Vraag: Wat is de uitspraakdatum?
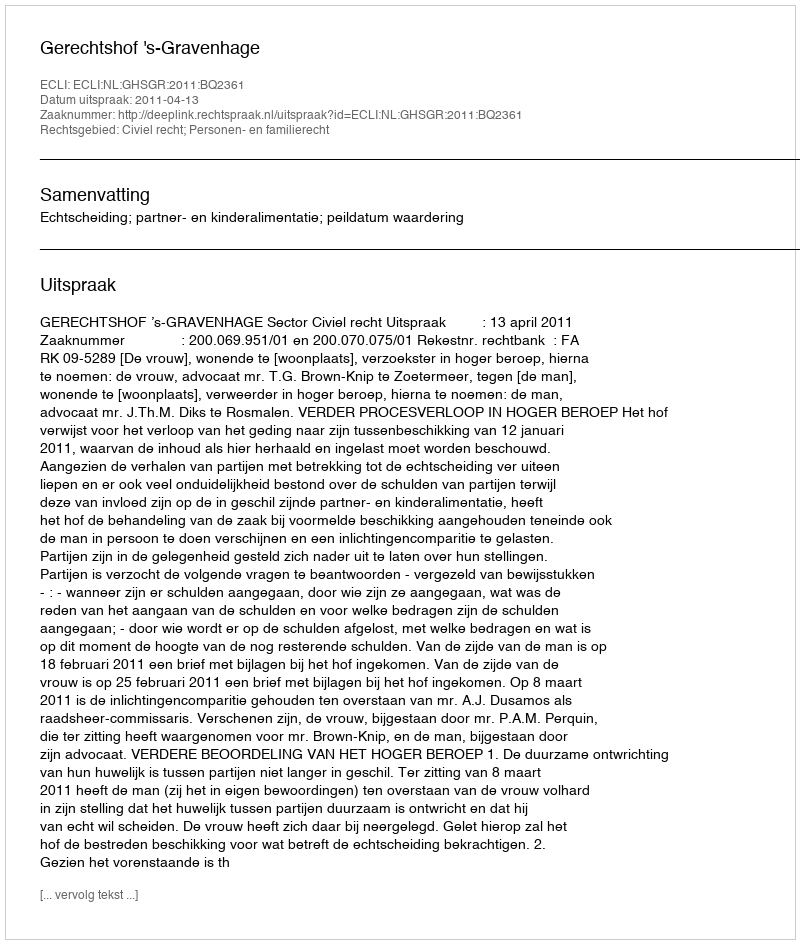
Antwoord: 2011-04-13